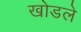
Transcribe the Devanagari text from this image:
खोडले